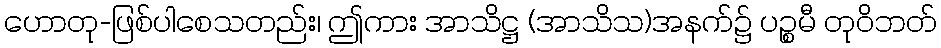
ဟောတု-ဖြစ်ပါစေသတည်း၊ ဤကား အာသိဋ္ဌ (အာသိသ)အနက်၌ ပဉ္စမီ တုဝိဘတ်